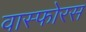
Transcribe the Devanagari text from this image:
वास्फोरस